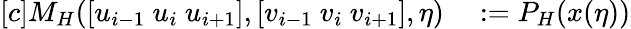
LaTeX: \begin{array}{rl}{[c]M_{H}([u_{i-1}~u_{i}~u_{i+1}],[v_{i-1}~v_{i}~v_{i+1}],\eta)}&{{}:=P_{H}(x(\eta))}\end{array}